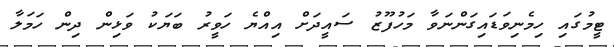
ޓީމުގައި ހިމެނިވަޑައިގަންނަވާ މަހުފޫޒު ސައީދަށް އިއްޔެ ހަވީރު ބަޔަކު ވަޅިން ދިން ހަމަލާ